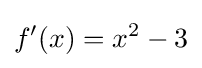
f'(x)=x^{2}-3